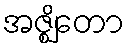
အဇ္ဈိတော